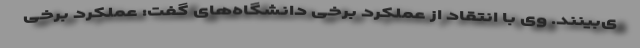
ی‌بینند. وی با انتقاد از عملکرد برخی دانشگاه‌های گفت: عملکرد برخی